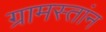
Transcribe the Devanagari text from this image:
ग्रामस्तांन